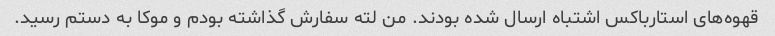
قهوه‌های استارباکس اشتباه ارسال شده بودند. من لته سفارش گذاشته بودم و موکا به دستم رسید.